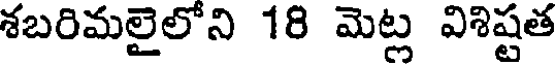
శబరిమలైలోని 18 మెట్ల విశిష్టత